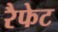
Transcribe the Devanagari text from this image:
रैफेट